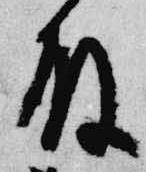
殿